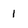
Character: 1